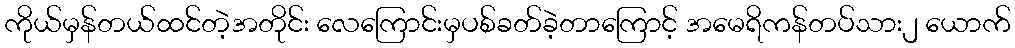
ကိုယ်မှန်တယ်ထင်တဲ့အတိုင်း လေကြောင်းမှပစ်ခတ်ခဲ့တာကြောင့် အမေရိကန်တပ်သား၂ ယောက်